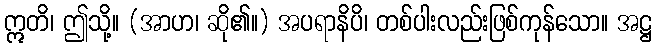
ဣတိ၊ ဤသို့။ (အာဟ၊ ဆို၏။) အပရာနိပိ၊ တစ်ပါးလည်းဖြစ်ကုန်သော။ အဋ္ဌ